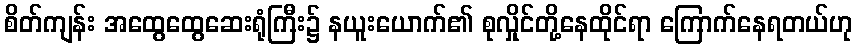
စိတ်ကျန်း အထွေထွေဆေးရုံကြီး၌ နယူးယောက်၏ စုလှိုင်တို့နေထိုင်ရာ ကြောက်နေရတယ်ဟု